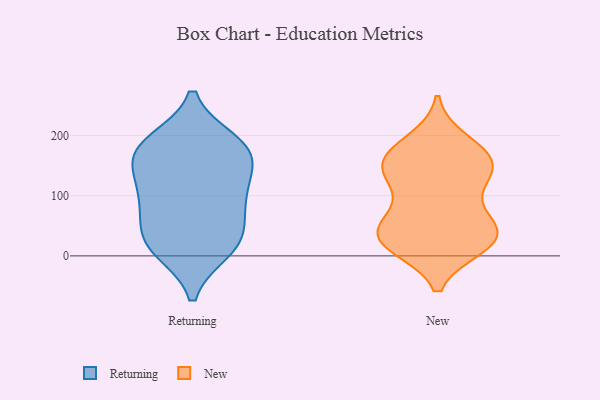
{"axis": {"x": "Market Share (%)", "y": "Value"}, "legend": ["New", "Returning"], "data": [{"x": "", "y": 168, "type": "Returning"}, {"x": "", "y": 95, "type": "Returning"}, {"x": "", "y": 183, "type": "Returning"}, {"x": "", "y": 123, "type": "Returning"}, {"x": "", "y": 77, "type": "Returning"}, {"x": "", "y": 18, "type": "Returning"}, {"x": "", "y": 32, "type": "Returning"}, {"x": "", "y": 188, "type": "Returning"}, {"x": "", "y": 102, "type": "Returning"}, {"x": "", "y": 11, "type": "Returning"}, {"x": "", "y": 173, "type": "Returning"}, {"x": "", "y": 162, "type": "Returning"}, {"x": "", "y": 27, "type": "Returning"}, {"x": "", "y": 159, "type": "New"}, {"x": "", "y": 150, "type": "New"}, {"x": "", "y": 113, "type": "New"}, {"x": "", "y": 55, "type": "New"}, {"x": "", "y": 160, "type": "New"}, {"x": "", "y": 39, "type": "New"}, {"x": "", "y": 23, "type": "New"}, {"x": "", "y": 28, "type": "New"}, {"x": "", "y": 32, "type": "New"}, {"x": "", "y": 132, "type": "New"}, {"x": "", "y": 140, "type": "New"}, {"x": "", "y": 65, "type": "New"}, {"x": "", "y": 189, "type": "New"}, {"x": "", "y": 18, "type": "New"}, {"x": "", "y": 28, "type": "New"}, {"x": "", "y": 172, "type": "New"}]}